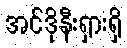
အင်ဒိုနီးရှားရှိ